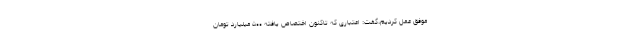
موفق عمل کردیم،گفت: اعتباری که تاکنون اختصاص یافته ۵۰۰ میلیارد تومان